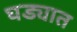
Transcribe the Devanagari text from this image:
घड्यात